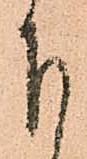
下